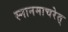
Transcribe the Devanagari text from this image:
स्नानमाचरेत्